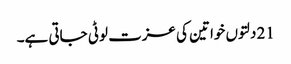
21 دلتوں خواتین کی عزت لوٹی جاتی ہے۔